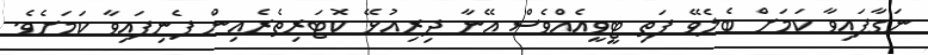
ނަގާފައިވާ ކަމަށް ބެލެވޭ ފަތި ޓީވީއެއްވެސް އޭނާ ދިރިއުޅޭ ކޮޓަރިތެރެއިން ފެނިފައިވާ ކަމަށެވެ.